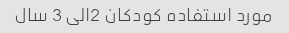
مورد استفاده کودکان 2الی 3 سال